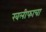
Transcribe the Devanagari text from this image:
खलीफाचा